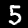
Label: 5